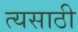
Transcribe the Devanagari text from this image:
त्यसाठी